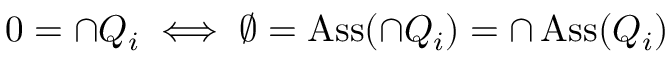
0 = \cap Q _ { i } \iff \emptyset = \operatorname { A s s } ( \cap Q _ { i } ) = \cap \operatorname { A s s } ( Q _ { i } )